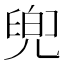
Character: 𠙧